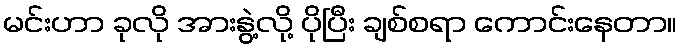
မင်းဟာ ခုလို အားနွဲ့လို့ ပိုပြီး ချစ်စရာ ကောင်းနေတာ။